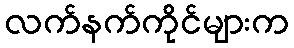
လက်နက်ကိုင်များက